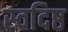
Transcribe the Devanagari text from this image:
स्वदिष्ठ